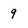
Character: 9